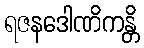
ရဇနဒေါဏိကန္တိ